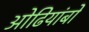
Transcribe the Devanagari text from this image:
ओढियांबो